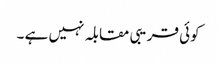
کوئی قریبی مقابلہ نہیں ہے ۔